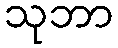
သုဘာ